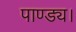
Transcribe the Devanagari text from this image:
पाण्ड्य।